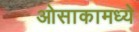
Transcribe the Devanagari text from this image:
ओसाकामध्ये